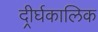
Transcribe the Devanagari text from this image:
दीर्र्घकालिक